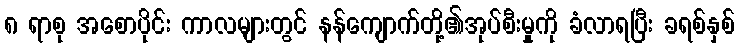
၈ ရာစု အစောပိုင်း ကာလများတွင် နန်ကျောက်တို့၏အုပ်စီးမှုကို ခံလာရပြီး ခရစ်နှစ်